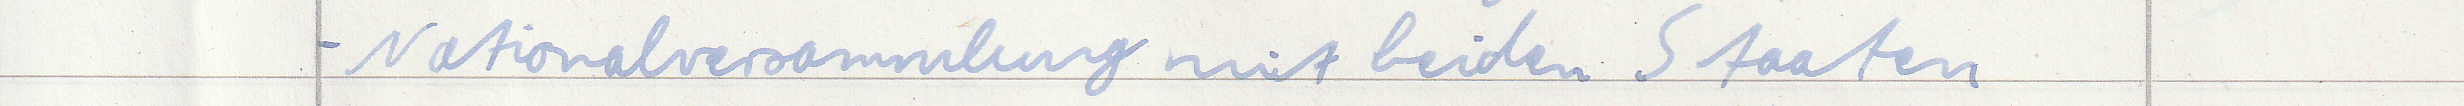
- Nationalversammlung mit beiden Staaten